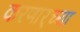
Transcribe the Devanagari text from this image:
करणार्‍च्या